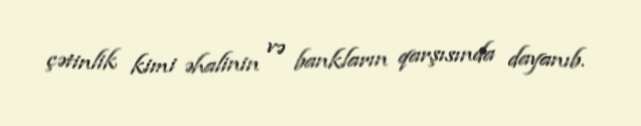
çətinlik kimi əhalinin və bankların qarşısında dayanıb.